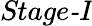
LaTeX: \textit{Stage-I}